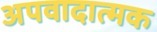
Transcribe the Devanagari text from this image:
अपवादात्मक